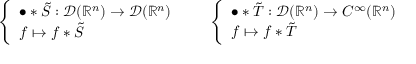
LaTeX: { \left\{ \begin{array} { l l } { \bullet \ast { \tilde { S } } : { \mathcal { D } } ( \mathbb { R } ^ { n } ) \to { \mathcal { D } } ( \mathbb { R } ^ { n } ) } \\ { f \mapsto f \ast { \tilde { S } } } \end{array} \right. } \qquad { \left\{ \begin{array} { l l } { \bullet \ast { \tilde { T } } : { \mathcal { D } } ( \mathbb { R } ^ { n } ) \to C ^ { \infty } ( \mathbb { R } ^ { n } ) } \\ { f \mapsto f \ast { \tilde { T } } } \end{array} \right. }